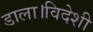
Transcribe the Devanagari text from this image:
डाला।विदेशी